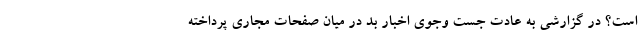
است؟ در گزارشی به عادت جست وجوی اخبار بد در میان صفحات مجاری پرداخته